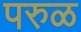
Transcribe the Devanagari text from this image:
परुळ